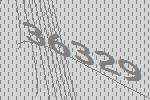
36329